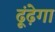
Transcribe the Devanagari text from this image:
ढूंढ़ेगा